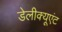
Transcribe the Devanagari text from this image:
डेलीक्यूएंट